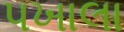
પખાલા